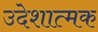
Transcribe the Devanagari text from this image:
उदेशात्मक